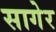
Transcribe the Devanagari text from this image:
सागेर